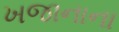
ખજાનાના